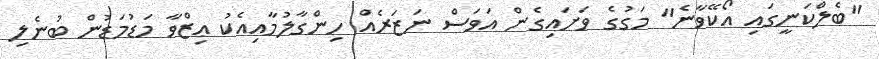
"ބެލްކަނީގައި އޯކޭވާނެ" މަގުގެ ވަށައިގެން އަވަސް ނަޒަރެއް ހިންގާލުމާއިއެކު ޢިޒްވާ މަޑުމަޑުން ބުނެލި